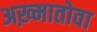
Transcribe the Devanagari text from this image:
अख़्मातोवा